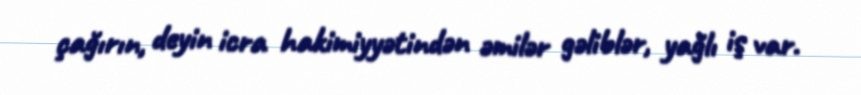
çağırın, deyin icra hakimiyyətindən əmilər gəliblər, yağlı iş var.